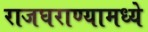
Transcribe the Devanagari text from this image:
राजघराण्यामध्ये